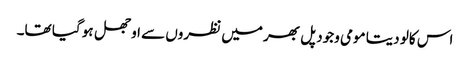
اس کالو دیتا مومی وجود پل بھر میں نظروں سے اوجھل ہو گیا تھا۔